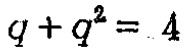
\(q + q^{2} = 4\)